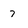
Character: 7